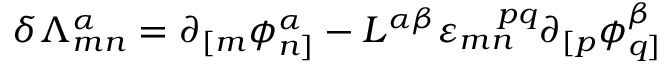
\delta { \Lambda } _ { m n } ^ { \alpha } = \partial _ { [ m } \phi _ { n ] } ^ { \alpha } - { \cal L } ^ { \alpha \beta } \varepsilon _ { m n } ^ { ~ ~ ~ p q } \partial _ { [ p } \phi _ { q ] } ^ { \beta }